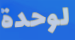
لوحدة